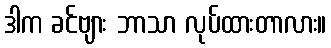
ဒါက ခင်ဗျား ဘာသာ လုပ်ထားတာလား။